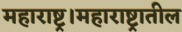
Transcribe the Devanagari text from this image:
महाराष्ट्र।महाराष्ट्रातील